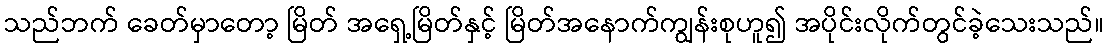
သည်ဘက် ခေတ်မှာတော့ မြိတ် အရှေ့မြိတ်နှင့် မြိတ်အနောက်ကျွန်းစုဟူ၍ အပိုင်းလိုက်တွင်ခဲ့သေးသည်။